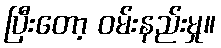
ပြီးတော့ ဝမ်းနည်းမှု။